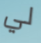
لي